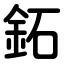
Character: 鉐